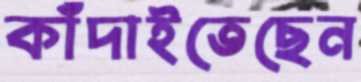
কাঁদাইতেছেন